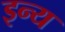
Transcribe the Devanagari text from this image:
इन्य